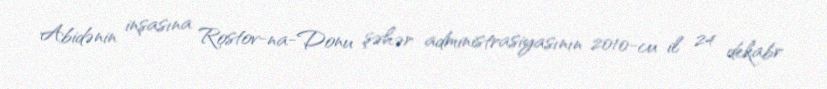
Abidənin inşasına Rostov-na-Donu şəhər administrasiyasının 2010-cu il 24 dekabr